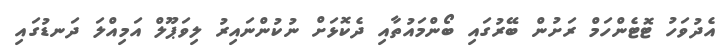
އެދުވަހު ޓޮޓެންހަމް ރަށުން ބޭރުގައި ބޯންމައުތާއި ދެކޮޅަށް ނުކުންނައިރު ލިވަޕޫލް އަމިއްލަ ދަނޑުގައި